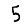
Digit: 5